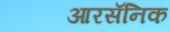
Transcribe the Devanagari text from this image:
आरसॅनिक